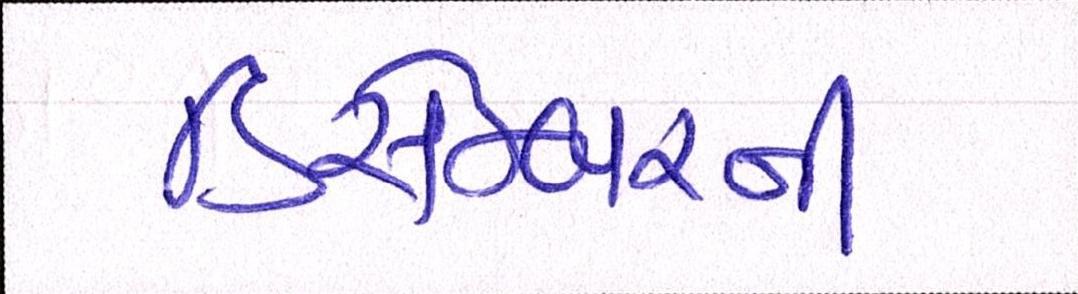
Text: ડિસેમ્બરની